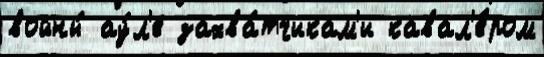
войны́ ау́л'е захва́тчикам'и кавал'е́ром